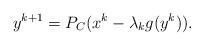
LaTeX: \begin{align*}y^{k+1}&=P_C(x^k-\lambda_k g(y^k)).\end{align*}